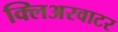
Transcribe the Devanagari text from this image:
क्लिअरवाटर